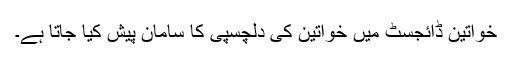
خواتین ڈائجسٹ میں خواتین کی دلچسپی کا سامان پیش کیا جاتا ہے۔